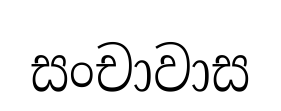
සංචාවාස